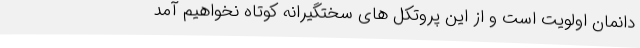
دانمان اولویت است و از این پروتکل های سختگیرانه کوتاه نخواهیم آمد